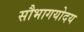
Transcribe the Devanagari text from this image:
सौभागयोदय